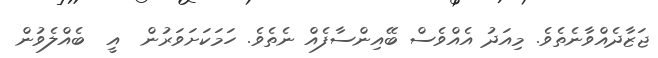
ޖަޒާދެއްވާނެތެވެ. މިއަދު އެއްވެސް ބޭއިންސާފެއް ނެތެވެ. ހަމަކަށަވަރުން  އީ  ބެއްލެވުން